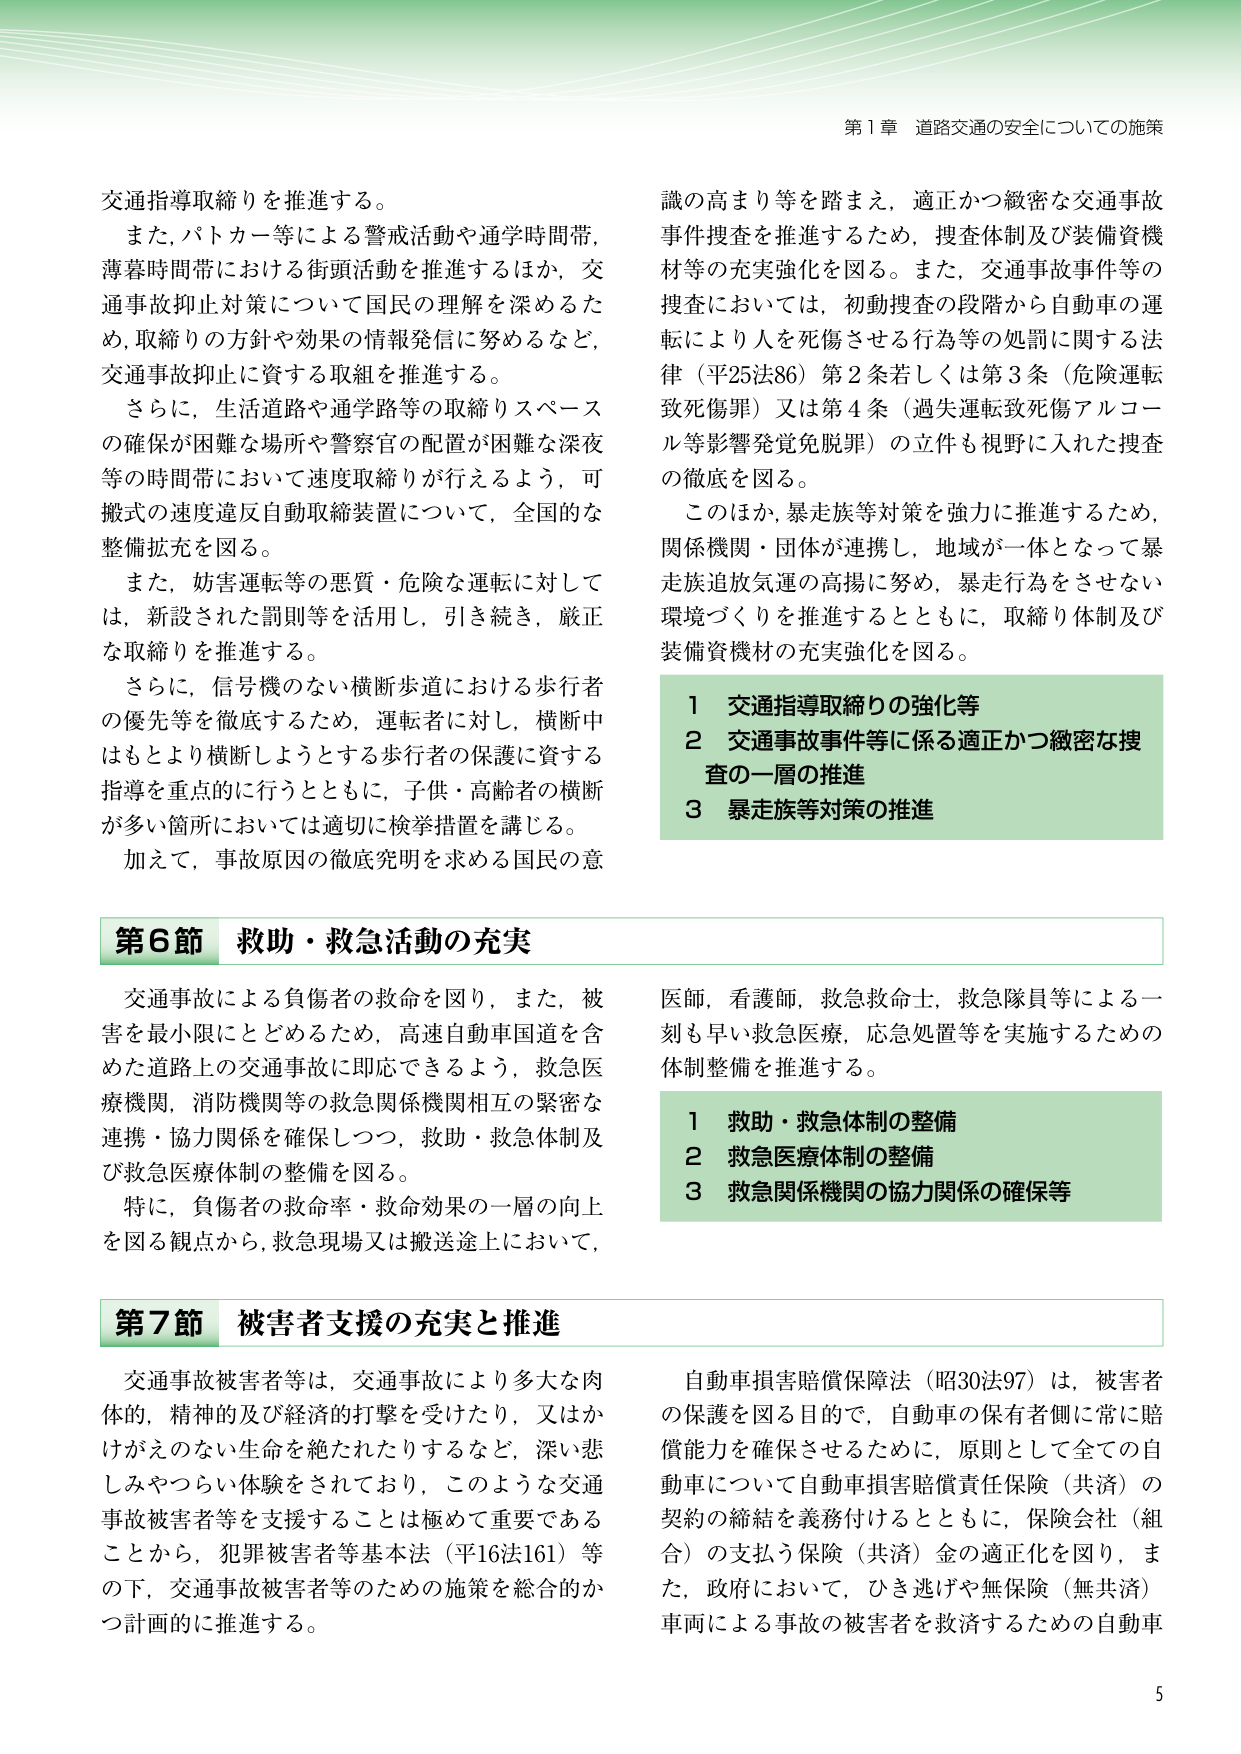
第１章 道路交通の安全についての施策

交通指導取締りを推進する。
また、パトカー等による警戒活動や通学時間帯、
薄暮時間帯における街頭活動を推進するほか、交
通事故抑止対策について国民の理解を深めるた
め、取締りの方針や効果の情報発信に努めるなど、
交通事故抑止に資する取組を推進する。
さらに、生活道路や通学路等の取締りスペース
の確保が困難な場所や警察官の配置が困難な深夜
等の時間帯において速度取締りが行えるよう、可
搬式の速度違反自動取締装置について、全国的な
整備拡充を図る。
また、妨害運転等の悪質・危険な運転に対して
は、新設された罰則等を活用し、引き続き、厳正
な取締りを推進する。
さらに、信号機のない横断歩道における歩行者
の優先等を徹底するため、運転者に対し、横断中
はもとより横断しようとする歩行者の保護に資する
指導を重点的に行うとともに、子供・高齢者の横断
が多い箇所においては適切に検挙措置を講じる。
加えて、事故原因の徹底究明を求める国民の意

識の高まり等を踏まえ、適正かつ緻密な交通事故
事件捜査を推進するため、捜査体制及び装備資機
材等の充実強化を図る。また、交通事故事件等の
捜査においては、初動捜査の段階から自動車の運
転により人を死傷させる行為等の処罰に関する法
律（平25法86）第2条若しくは第3条（危険運転
致死傷罪）又は第4条（過失運転致死傷アルコー
ル等影響発覚免脱罪）の立件も視野に入れた捜査
の徹底を図る。
このほか、暴走族等対策を強力に推進するため、
関係機関・団体が連携し、地域が一体となって暴
走族追放気運の高揚に努め、暴走行為をさせない
環境づくりを推進するとともに、取締り体制及び
装備資機材の充実強化を図る。

1 交通指導取締りの強化等
2 交通事故事件等に係る適正かつ緻密な捜
査の一層の推進
3 暴走族等対策の推進

第6節 救助・救急活動の充実

交通事故による負傷者の救命を図り、また、被
害を最小限にとどめるため、高速自動車国道を含
めた道路上の交通事故に即応できるよう、救急医
療機関、消防機関等の救急関係機関相互の緊密な
連携・協力関係を確保しつつ、救助・救急体制及
び救急医療体制の整備を図る。
特に、負傷者の救命率・救命効果の一層の向上
を図る観点から、救急現場又は搬送途上において、

医師、看護師、救急救命士、救急隊員等による一
刻も早い救急医療、応急処置等を実施するための
体制整備を推進する。

1 救助・救急体制の整備
2 救急医療体制の整備
3 救急関係機関の協力関係の確保等

第7節 被害者支援の充実と推進

交通事故被害者等は、交通事故により多大な肉
体的、精神的及び経済的打撃を受けたり、又はか
けがえのない生命を絶たれたりするなど、深い悲
しみやつらい体験をされており、このような交通
事故被害者等を支援することは極めて重要である
ことから、犯罪被害者等基本法（平16法161）等
の下、交通事故被害者等のための施策を総合的か
つ計画的に推進する。

自動車損害賠償保障法（昭30法97）は、被害者
の保護を図る目的で、自動車の保有者側に常に賠
償能力を確保させるために、原則として全ての自
動車について自動車損害賠償責任保険（共済）の
契約の締結を義務付けるとともに、保険会社（組
合）の支払う保険（共済）金の適正化を図り、ま
た、政府において、ひき逃げや無保険（無共済）
車両による事故の被害者を救済するための自動車

5